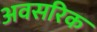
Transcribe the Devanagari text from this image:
अवसरिक